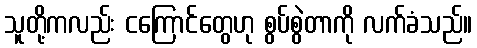
သူတို့ကလည်း ငကြောင်တွေဟု စွပ်စွဲတာကို လက်ခံသည်။